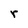
Character: r